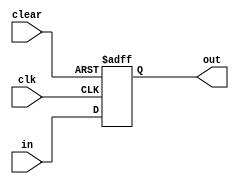

module buffer1 #(
	parameter word_size = 8
)(
	in,
	out,
	clk,
	clear
);

input [0:word_size-1] in;
input clk;
input clear;

output reg [0:word_size-1] out;

always @(posedge clk or posedge clear)
begin
 if(clear)
  begin
   out <= {word_size{1'b0}};
  end
 else
  begin
   out <= in;
  end
end

endmodule